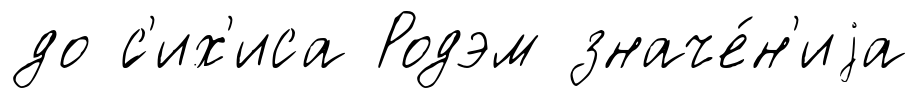
до ́с'их'иса Родэм значе́н'иjа